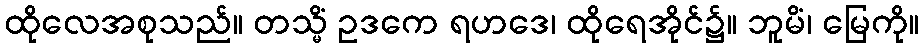
ထိုလေအစုသည်။ တသ္မိံ ဥဒကေ ရဟဒေ၊ ထိုရေအိုင်၌။ ဘူမိံ၊ မြေကို။